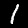
Label: 1